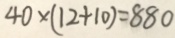
4 0 \times ( 1 2 + 1 0 ) = 8 8 0